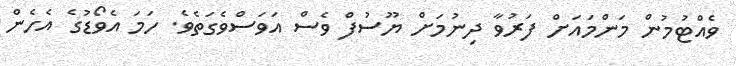
ވެއްޓުމުން މަންމައަށް ފަރުވާ ދިނުމަށް ޔޫސުފް ވެސް އަވަސްވެގަތެވެ. ހަމަ އެވޯޑުގެ އެެހެން